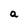
Character: a